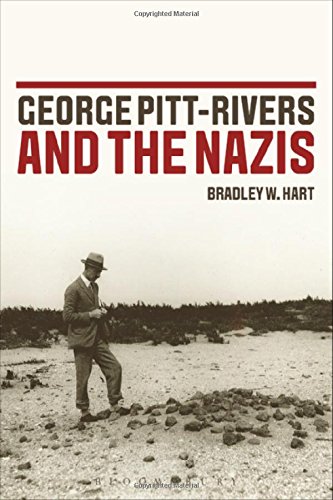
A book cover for George Pitt-Rivers and the Nazis; Bradley W. Hart; Biographies & Memoirs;